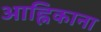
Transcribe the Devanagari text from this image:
आह्निकाना